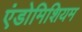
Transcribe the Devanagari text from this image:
एंडोमिशियम